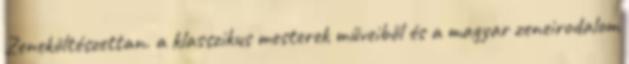
Zeneköltészettan. a klasszikus mesterek műveiből és a magyar zeneirodalom